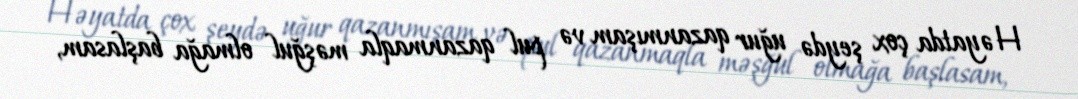
Həyatda çox şeydə uğur qazanmışam və pul qazanmaqla məşğul olmağa başlasam,